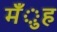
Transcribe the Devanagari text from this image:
मँुह